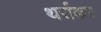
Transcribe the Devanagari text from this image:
थर्राकर